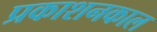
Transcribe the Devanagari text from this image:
प्रकाशनकाल